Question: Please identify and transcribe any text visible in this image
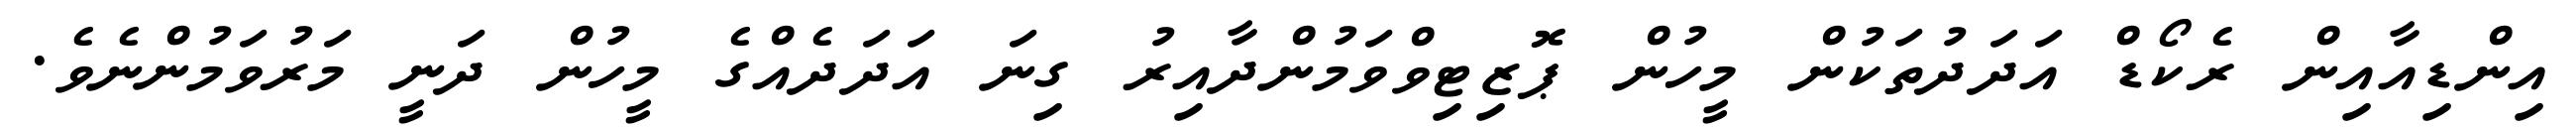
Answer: އިންޑިއާއިން ރެކޯޑް އަދަދުތަކުން މީހުން ޕޮޒިޓިވްވަމުންދާއިރު ގިނަ އަދަދެއްގެ މީހުން ދަނީ މަރުވަމުންނެވެ.